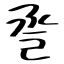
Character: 巹